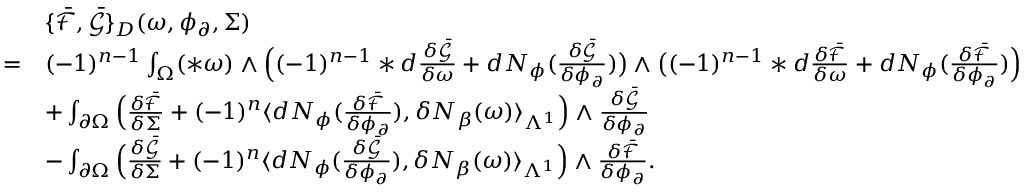
\begin{array} { r l } & { \{ \bar { \mathcal { F } } , \bar { \mathcal { G } } \} _ { D } ( \omega , \phi _ { \partial } , \Sigma ) } \\ { = } & { ( - 1 ) ^ { n - 1 } \int _ { \Omega } ( \ast \omega ) \wedge \Big ( ( - 1 ) ^ { n - 1 } \ast d \frac { \delta \bar { \mathcal { G } } } { \delta \omega } + d N _ { \phi } ( \frac { \delta \bar { \mathcal { G } } } { \delta \phi _ { \partial } } ) \big ) \wedge \big ( ( - 1 ) ^ { n - 1 } \ast d \frac { \delta \bar { \mathcal { F } } } { \delta \omega } + d N _ { \phi } ( \frac { \delta \bar { \mathcal { F } } } { \delta \phi _ { \partial } } ) \Big ) } \\ & { + \int _ { \partial \Omega } \Big ( \frac { \delta \bar { \mathcal { F } } } { \delta \Sigma } + ( - 1 ) ^ { n } \langle d N _ { \phi } ( \frac { \delta \bar { \mathcal { F } } } { \delta \phi _ { \partial } } ) , \delta N _ { \beta } ( \omega ) \rangle _ { \Lambda ^ { 1 } } \Big ) \wedge \frac { \delta \bar { \mathcal { G } } } { \delta \phi _ { \partial } } } \\ & { - \int _ { \partial \Omega } \Big ( \frac { \delta \bar { \mathcal { G } } } { \delta \Sigma } + ( - 1 ) ^ { n } \langle d N _ { \phi } ( \frac { \delta \bar { \mathcal { G } } } { \delta \phi _ { \partial } } ) , \delta N _ { \beta } ( \omega ) \rangle _ { \Lambda ^ { 1 } } \Big ) \wedge \frac { \delta \bar { \mathcal { F } } } { \delta \phi _ { \partial } } . } \end{array}